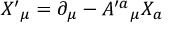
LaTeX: X ^ { \prime } { } _ { \mu } = \partial _ { \mu } - A ^ { \prime a } { } _ { \mu } X _ { a }